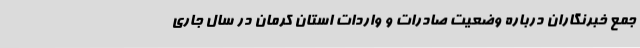
جمع خبرنگاران درباره وضعیت صادرات و واردات استان کرمان در سال جاری